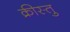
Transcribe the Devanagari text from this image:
क्रीस्तु